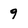
Character: 9